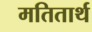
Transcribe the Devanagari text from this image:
मतितार्थ